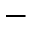
^ -